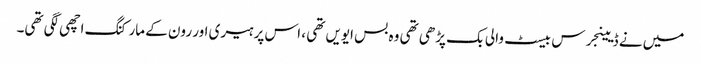
میں نے ڈیینجرس بیسٹ والی بک پڑھی تھی وہ بس ایویں تھی ، اس پر ہیری اور رون کے مارکنگ اچھی لگی تھی۔